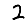
Digit: 2